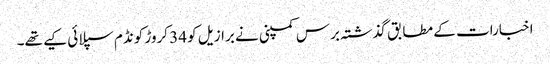
اخبارات کے مطابق گذشتہ برس کمپنی نے برازیل کو 34 کروڑ کونڈم سپلائی کیے تھے۔